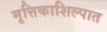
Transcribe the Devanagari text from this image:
मृत्तिकाशिल्पात